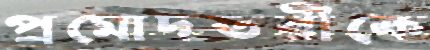
প্রমোদতরীকে